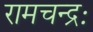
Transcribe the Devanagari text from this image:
रामचन्द्रः